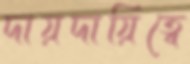
দায়দায়িত্বে